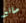
صانع